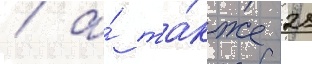
/ а́ та́кже 21